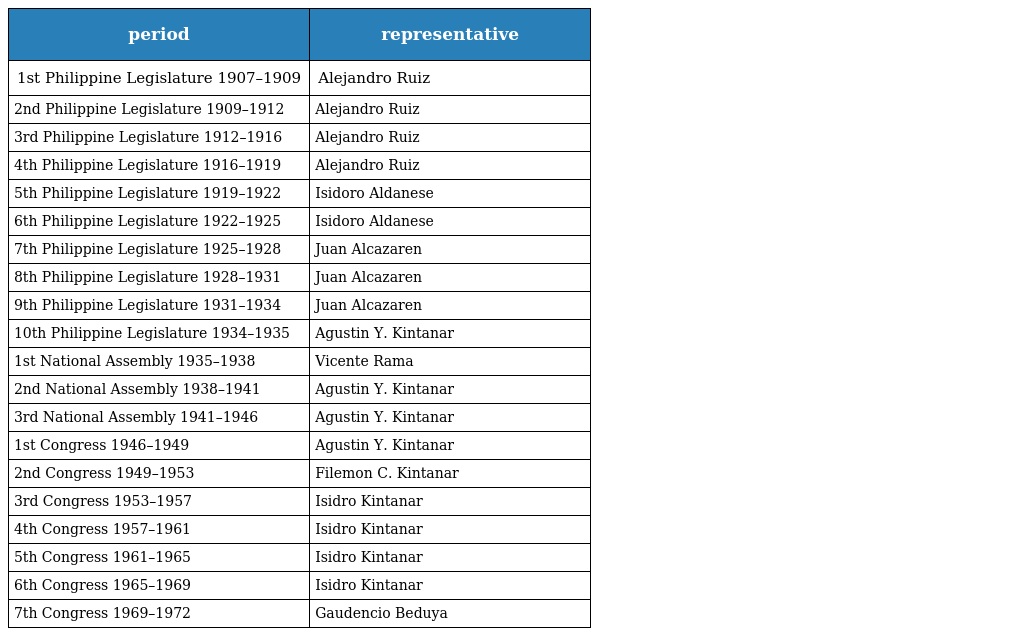
| period | representative |
 | --- | --- |
 | 1st Philippine Legislature 1907–1909 | Alejandro Ruiz |
 | 2nd Philippine Legislature 1909–1912 | Alejandro Ruiz |
 | 3rd Philippine Legislature 1912–1916 | Alejandro Ruiz |
 | 4th Philippine Legislature 1916–1919 | Alejandro Ruiz |
 | 5th Philippine Legislature 1919–1922 | Isidoro Aldanese |
 | 6th Philippine Legislature 1922–1925 | Isidoro Aldanese |
 | 7th Philippine Legislature 1925–1928 | Juan Alcazaren |
 | 8th Philippine Legislature 1928–1931 | Juan Alcazaren |
 | 9th Philippine Legislature 1931–1934 | Juan Alcazaren |
 | 10th Philippine Legislature 1934–1935 | Agustin Y. Kintanar |
 | 1st National Assembly 1935–1938 | Vicente Rama |
 | 2nd National Assembly 1938–1941 | Agustin Y. Kintanar |
 | 3rd National Assembly 1941–1946 | Agustin Y. Kintanar |
 | 1st Congress 1946–1949 | Agustin Y. Kintanar |
 | 2nd Congress 1949–1953 | Filemon C. Kintanar |
 | 3rd Congress 1953–1957 | Isidro Kintanar |
 | 4th Congress 1957–1961 | Isidro Kintanar |
 | 5th Congress 1961–1965 | Isidro Kintanar |
 | 6th Congress 1965–1969 | Isidro Kintanar |
 | 7th Congress 1969–1972 | Gaudencio Beduya |